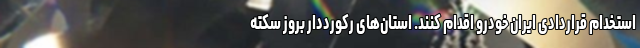
استخدام قراردادی ایران خودرو اقدام کنند. استان‌های رکورددار بروز سکته